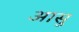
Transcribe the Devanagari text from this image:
आसु